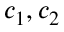
c _ { 1 } , c _ { 2 }